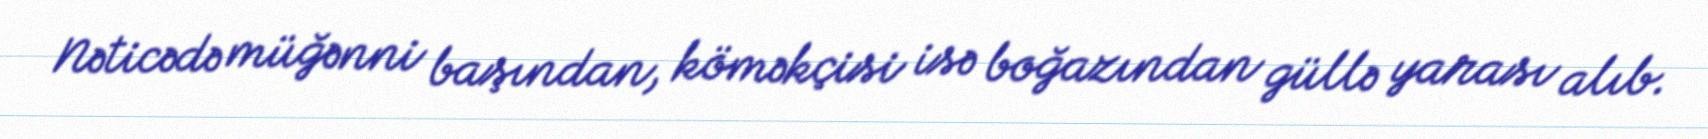
Nəticədə müğənni başından, köməkçisi isə boğazından güllə yarası alıb.